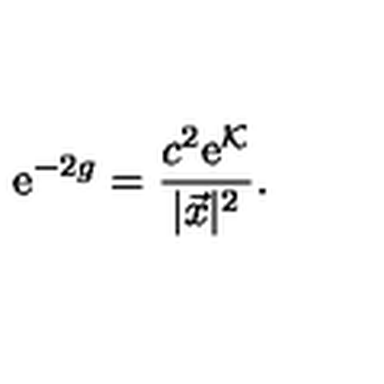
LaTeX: \mathrm { e } ^ { - 2 g } = { \frac { c ^ { 2 } \mathrm { e } ^ { { \cal K } } } { | \vec { x } | ^ { 2 } } } .